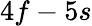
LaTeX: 4f-5s